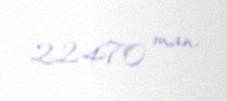
22470 man.